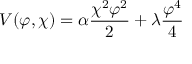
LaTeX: V ( \varphi , \chi ) = \alpha \frac { \chi ^ { 2 } \varphi ^ { 2 } } { 2 } + \lambda \frac { \varphi ^ { 4 } } { 4 }